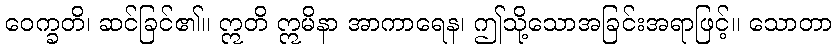
ဝေက္ခတိ၊ ဆင်ခြင်၏။ ဣတိ ဣမိနာ အာကာရေန၊ ဤသို့သောအခြင်းအရာဖြင့်။ သောတာ